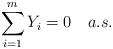
LaTeX: \begin{align*} \sum_{i=1}^mY_i=0~~~{a.s.}\end{align*}